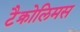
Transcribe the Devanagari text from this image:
टैक्रोलिमस